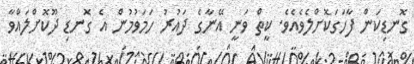
ގޮނޑިކަން ފާހަގަކޮށްލެވެއެވެ. ކީތް ވަނީ އޭނާގެ ދައުރު ހަމަވުމުން އެ ގޮނޑި ދޫކޮށްލައްވާ